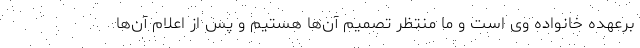
برعهده خانواده وی است و ما منتظر تصمیم آن‌ها هستیم و پس از اعلام آن‌ها